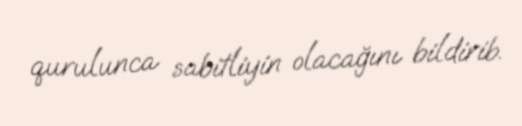
qurulunca sabitliyin olacağını bildirib.